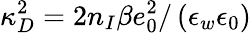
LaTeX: \kappa_{D}^{2}=2n_{I}\beta e_{0}^{2}/\left(\epsilon_{w}\epsilon_{0}\right)